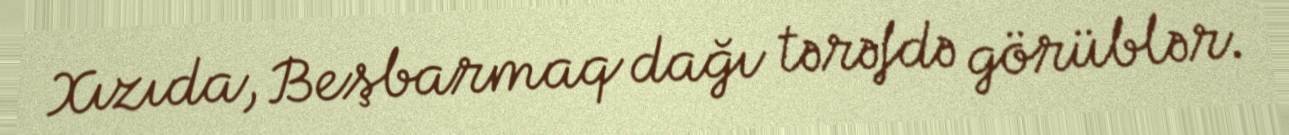
Xızıda, Beşbarmaq dağı tərəfdə görüblər.